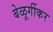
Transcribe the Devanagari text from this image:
बेळूर्गीकर